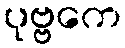
ပုဗ္ဗကေ